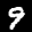
Label: 9